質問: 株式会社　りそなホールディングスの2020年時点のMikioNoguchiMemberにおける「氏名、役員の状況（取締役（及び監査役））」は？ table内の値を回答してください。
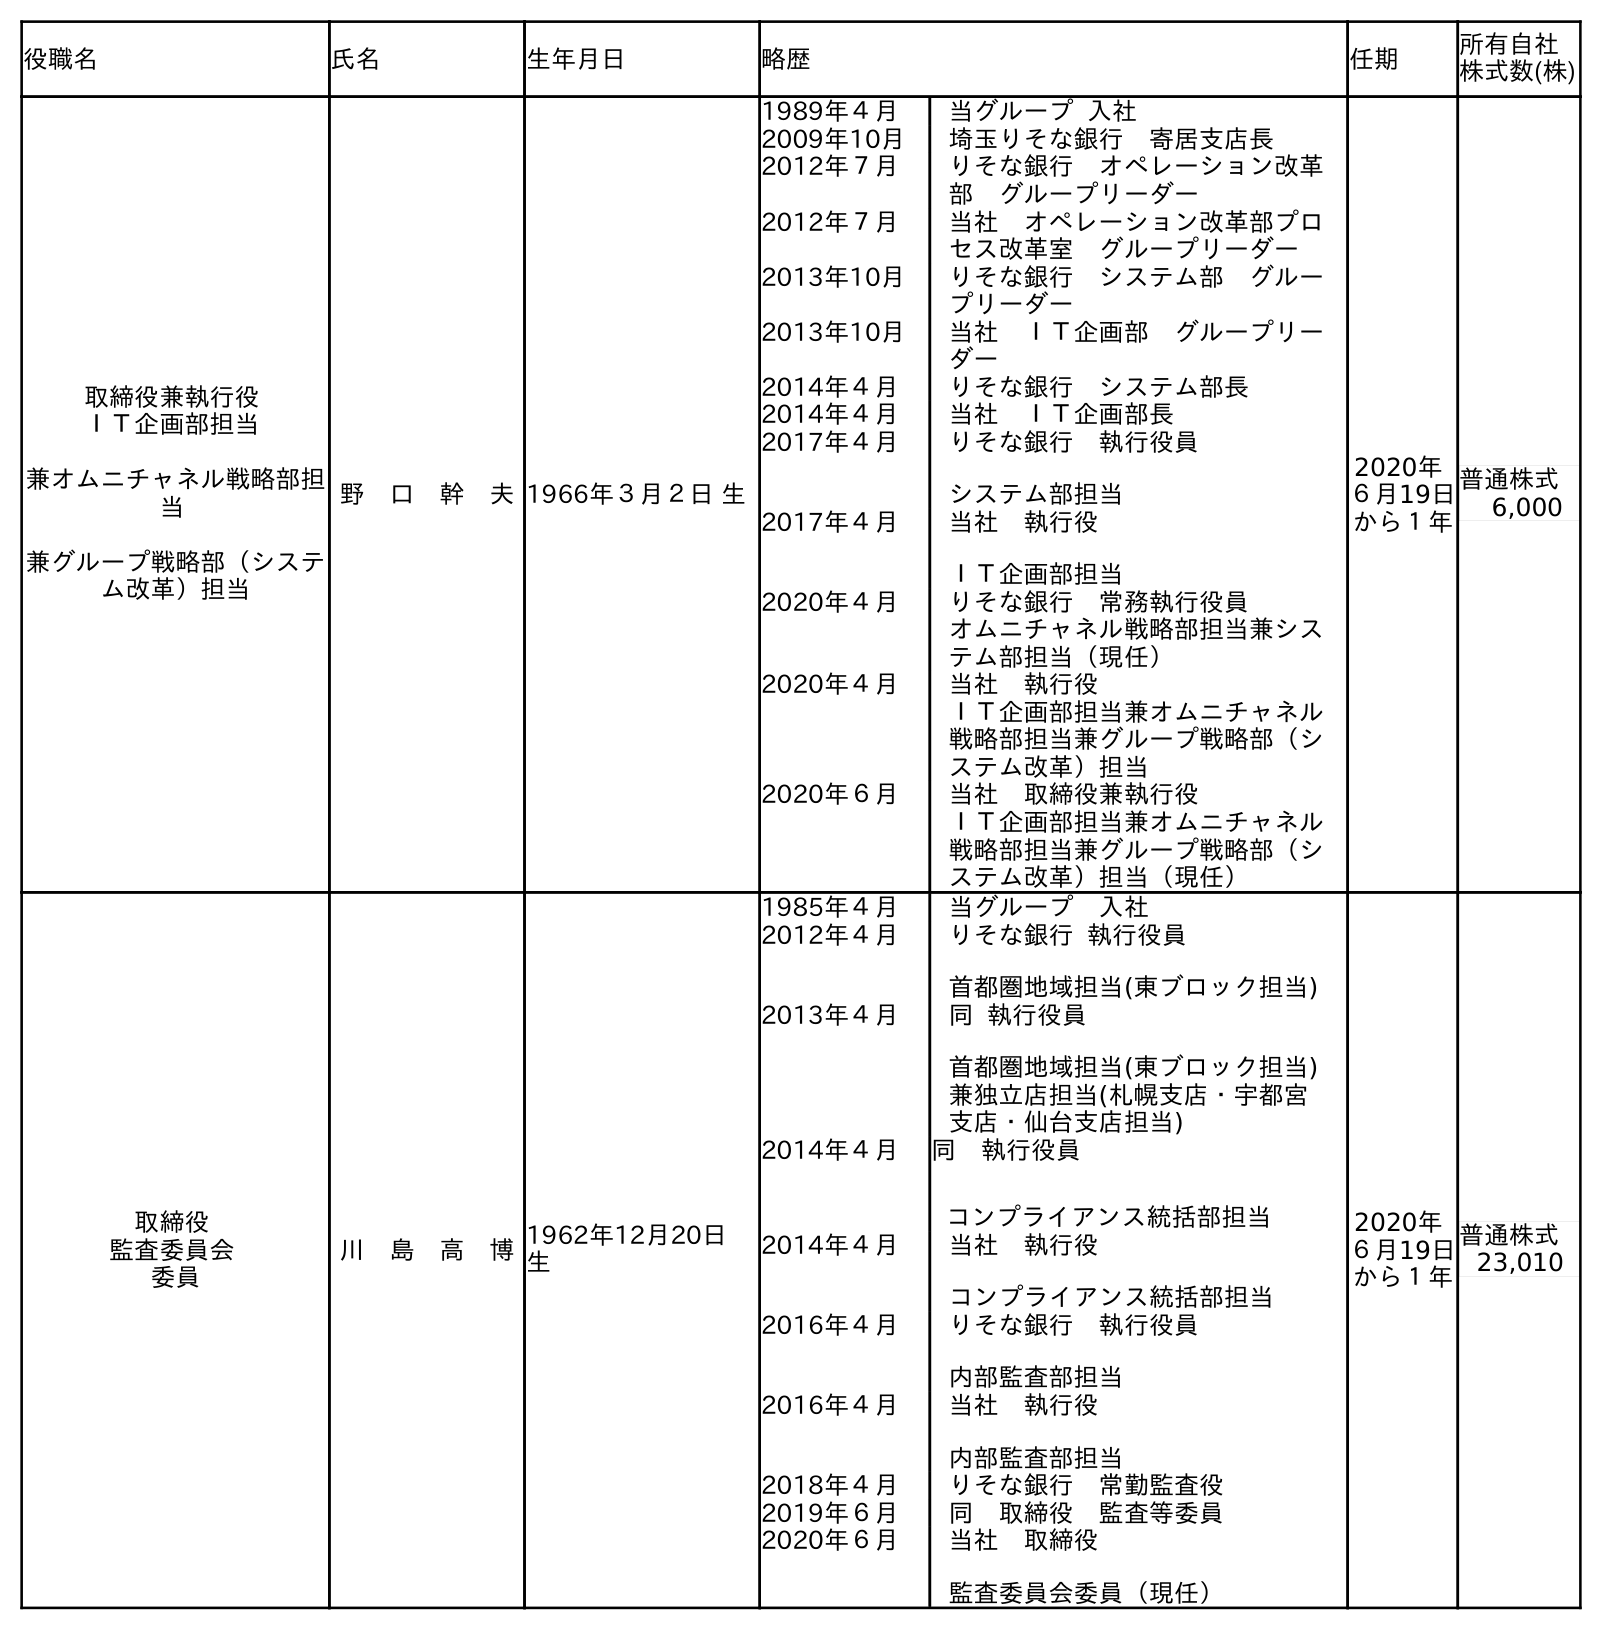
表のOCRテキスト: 役職名 氏名 生年月日 略歴 任期 所有自社 株式数(株) 取締役兼執行役 ＩＴ企画部担当 兼オムニチャネル戦略部担 当 兼グループ戦略部（システ ム改革）担当 野 口 幹 夫1966年３月２日 生 1989年４月 当グループ 入社 2009年10月 埼玉りそな銀行 寄居支店長 2012年７月 りそな銀行 オペレーション改革 部 グループリーダー 2012年７月 当社 オペレーション改革部プロ セス改革室 グループリーダー 2013年10月 りそな銀行 システム部 グルー プリーダー 2013年10月 当社 ＩＴ企画部 グループリー ダー 2014年４月 りそな銀行 システム部長 2014年４月 当社 ＩＴ企画部長 2017年４月 りそな銀行 執行役員 システム部担当 2017年４月 当社 執行役 ＩＴ企画部担当 2020年４月 りそな銀行 常務執行役員 オムニチャネル戦略部担当兼シス テム部担当（現任） 2020年４月 当社 執行役 ＩＴ企画部担当兼オムニチャネル 戦略部担当兼グループ戦略部（シ ステム改革）担当 2020年６月 当社 取締役兼執行役 ＩＴ企画部担当兼オムニチャネル 戦略部担当兼グループ戦略部（シ ステム改革）担当（現任） 2020年 ６月19日 から１年 普通株式 6,000 取締役 監査委員会 委員 川 島 高 博1962年12月20日 生 1985年４月 当グループ 入社 2012年４月 りそな銀行 執行役員 首都圏地域担当(東ブロック担当) 2013年４月 同 執行役員 首都圏地域担当(東ブロック担当) 兼独立店担当(札幌支店・宇都宮 支店・仙台支店担当) 2014年４月 同 執行役員 コンプライアンス統括部担当 2014年４月 当社 執行役 コンプライアンス統括部担当 2016年４月 りそな銀行 執行役員 内部監査部担当 2016年４月 当社 執行役 内部監査部担当 2018年４月 りそな銀行 常勤監査役 2019年６月 同 取締役 監査等委員 2020年６月 当社 取締役 監査委員会委員（現任） 2020年 ６月19日 から１年 普通株式 23,010
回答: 野　口　幹　夫